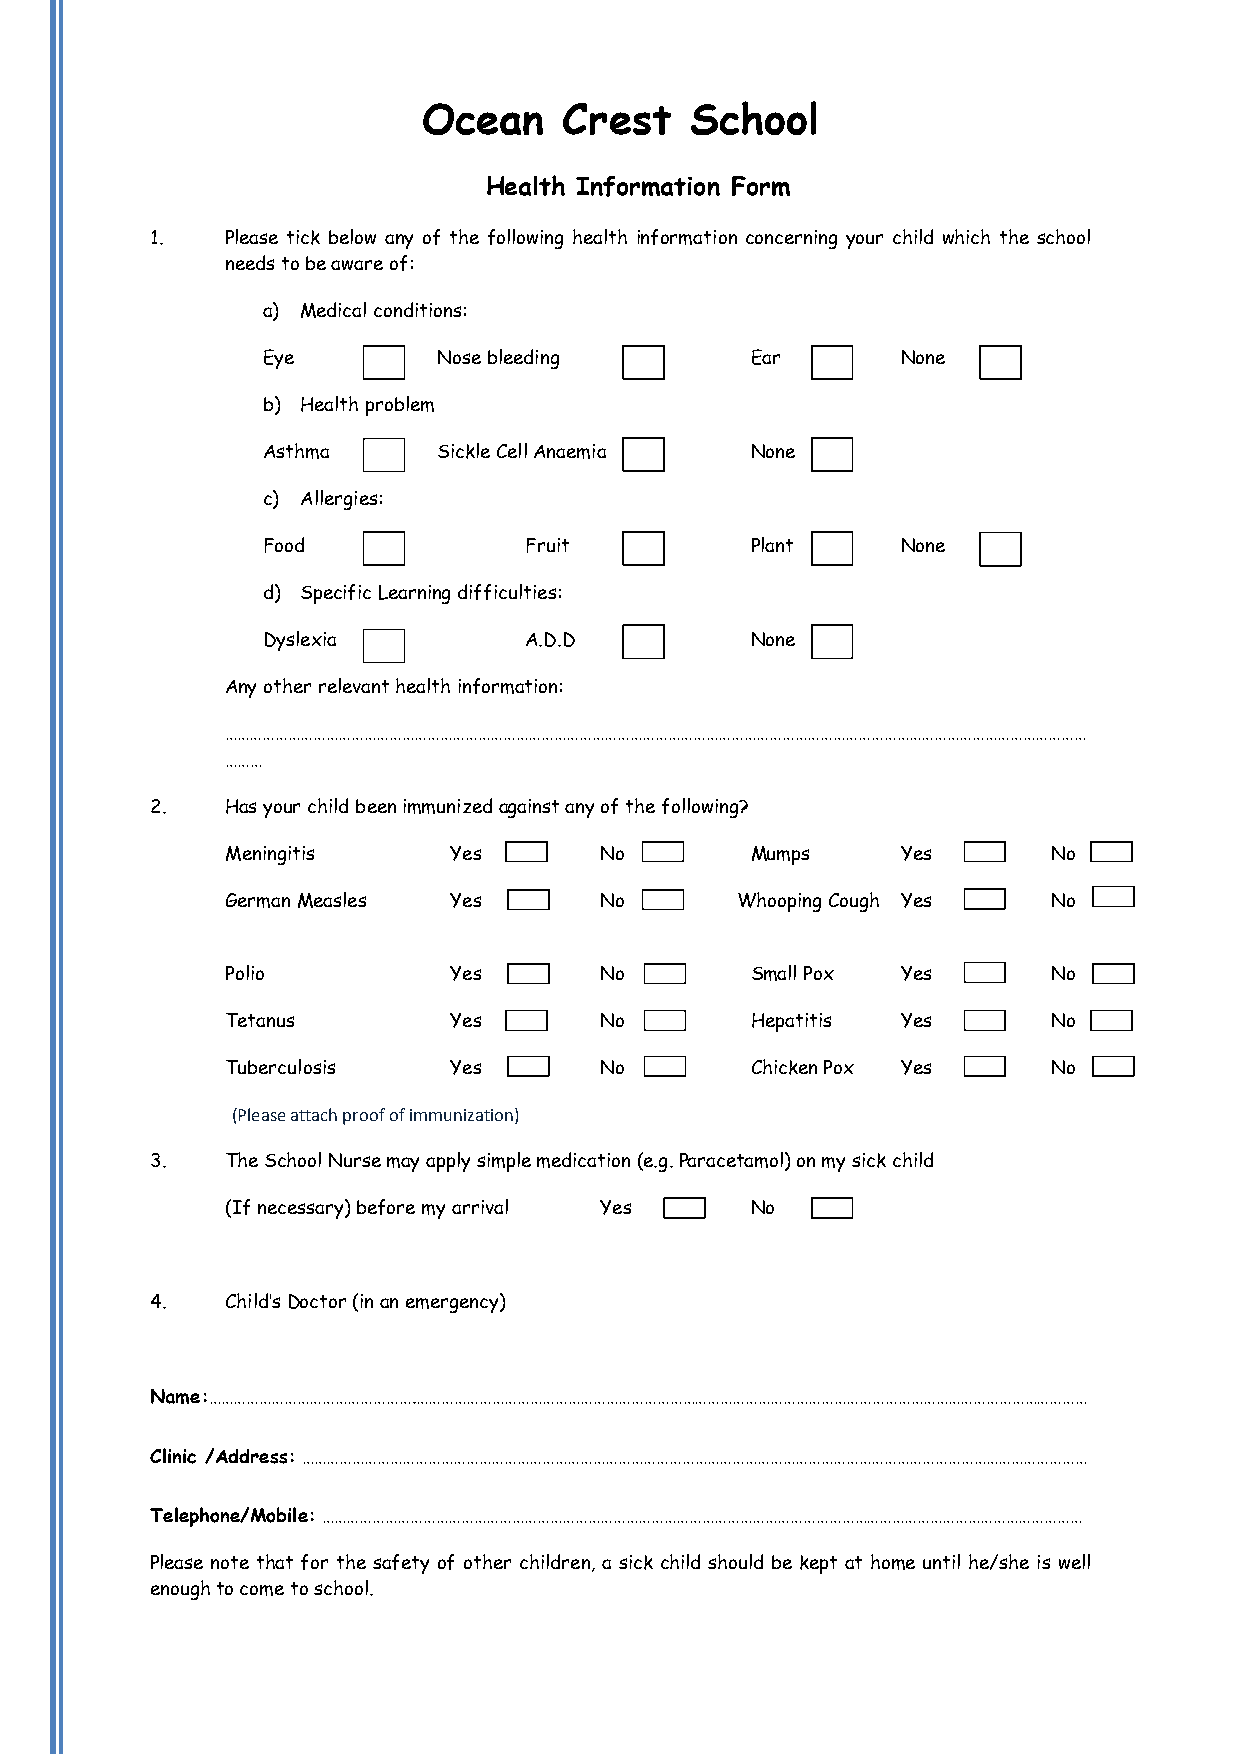
Ocean    Crest    School
 Health Information Form
 1.   Please tick below any of the following health information concerning your child which the school
 needs to be aware of:
 a) Medical conditions:
 Eye         Nose bleeding        Ear       None
 b) Health problem
 Asthma      Sickle Cell Anaemia  None
 c) Allergies:
 Food              Fruit          Plant     None
 d) Specific Learning difficulties:
 Dyslexia          A.D.D          None
 Any other relevant health information:
 ……………………………………………………………………………………………………………………………………………………………………………………
 ………
 2.   Has your child been immunized against any of the following?
 Meningitis     Yes       No        Mumps     Yes       No
 German Measles Yes       No       Whooping Cough Yes Yes No
 Polio          Yes       No        Small Pox Yes       No
 Tetanus        Yes       No        Hepatitis Yes       No
 Tuberculosis   Yes       No        Chicken Pox Yes     No
 (Please attach proof of immunization)
 3.   The School Nurse may apply simple medication (e.g. Paracetamol) on my sick child
 (If necessary) before my arrival Yes No
 4.   Child’s Doctor (in an emergency)
 Name:………………………………………….……………………………………………………………………………………………………………………………………………
 Clinic /Address: ……………………………………………………………………………………………………………………………………………………………………
 Telephone/Mobile: ………………………………………………………………………………………………………………………………………………………………
 Please note that for the safety of other children, a sick child should be kept at home until he/she is well
 enough to come to school.